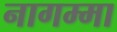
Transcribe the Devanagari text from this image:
नागम्मा